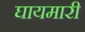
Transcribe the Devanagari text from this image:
घायमारी